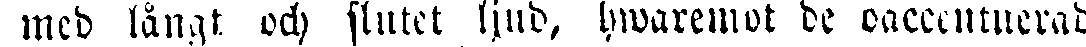
med långt och slutet ljud, hwaremot de oaccentuerad